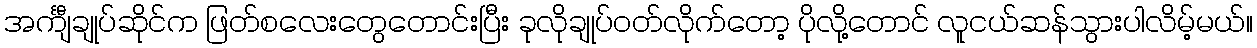
အင်္ကျီချုပ်ဆိုင်က ဖြတ်စလေးတွေတောင်းပြီး ခုလိုချုပ်ဝတ်လိုက်တော့ ပိုလို့တောင် လူငယ်ဆန်သွားပါလိမ့်မယ်။